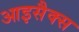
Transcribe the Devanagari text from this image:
आइसैक्स